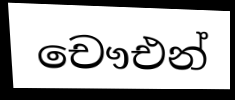
චෞඑන්